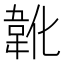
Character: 𲊢